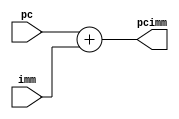

module Adder2(
    input [31:0] pc,
    input [31:0] imm,
    output [31:0] pcimm
    );
    
    assign pcimm = pc + imm;

endmodule